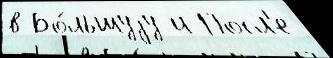
в Бо́льшуjу и Посл'е